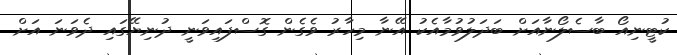
ކުޓީނިއޯ ބާސެލޯނާއަށް ބަދަލުވުމާއެކު އޭނާ މިހާރު ވެގެން ގޮސްފައިވަނީ ދުނިޔޭގައި ދެވަނަ އަށް